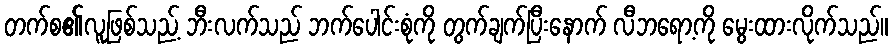
တက်စ၏လူဖြစ်သည့် ဘီးလက်သည် ဘက်ပေါင်းစုံကို တွက်ချက်ပြီးနောက် လီဘရော့ကို မွေးထားလိုက်သည်။